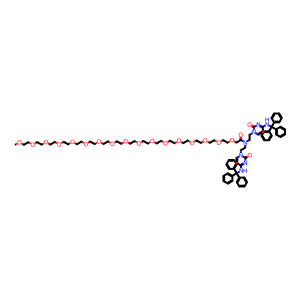
SMILES: COCCOCCOCCOCCOCCOCCOCCOCCOCCOCCOCCOCCOCCOCCOCCOCCOCC(=O)N(CCn1ccc(NC(c2ccccc2)(c2ccccc2)c2ccccc2)nc1=O)CCn1ccc(NC(c2ccccc2)(c2ccccc2)c2ccccc2)nc1=O
Inhibits HIV replication: No